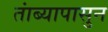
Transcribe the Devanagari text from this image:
तांब्यापासुन